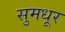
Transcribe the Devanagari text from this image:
सुमधूर